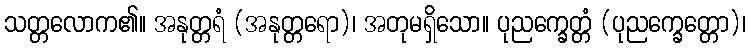
သတ္တလောက၏။ အနုတ္တရံ (အနုတ္တရော)၊ အတုမရှိသော။ ပုညက္ခေတ္တံ (ပုညက္ခေတ္တော)၊